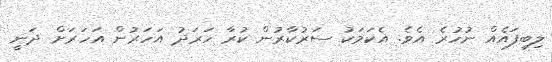
ލިބިފައެއް ނުހުރެ އެވެ. އެކަމަކު ސަރުކާރުން ކުރާ ހަރަދު އަހަރުން އަހަރަށް ދަނީ